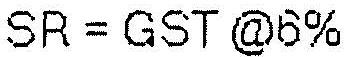
SR = GST @6%